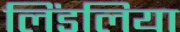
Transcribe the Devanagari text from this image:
लिंडलिया